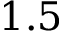
1 . 5